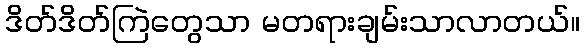
ဒိတ်ဒိတ်ကြဲတွေသာ မတရားချမ်းသာလာတယ်။